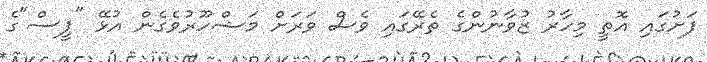
ފަށުގައި އޮތީ މިހާރު ޒުވާނުންގެ ތެރޭގައި ވެސް ވަރަށް މަޝްހޫރުވެގެން އުޅޭ "ޕީސް"ގެ